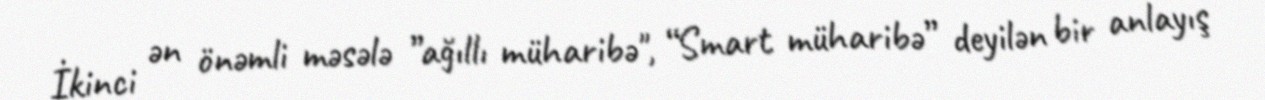
İkinci ən önəmli məsələ ”ağıllı müharibə", “Smart müharibə” deyilən bir anlayış